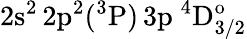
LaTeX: \mathrm{2s^{2}\, 2p^{2}(^{3}P)\, 3p~^{4}D_{3/2}^{o}}